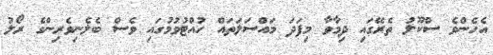
އެެހެންވެ ސްކޫލު ތެރޭގައި ދިމާވާ މިފަދަ މައްސަލަަތައް ހުއްޓުވުމުގައި ވެސް ބެލެނިވެރިންގެ ރޯލު